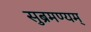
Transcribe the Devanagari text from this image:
सुब्रमण्यम्